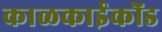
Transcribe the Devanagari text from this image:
काळकाईकोंड